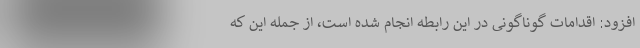
افزود: اقدامات گوناگونی در این رابطه انجام شده است، از جمله این که